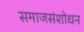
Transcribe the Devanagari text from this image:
समाजसंशोधन